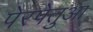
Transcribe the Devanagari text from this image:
पेरपेतुआ